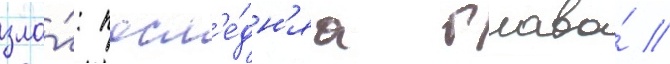
зла́: посл'е́дн'яа глава́ //